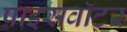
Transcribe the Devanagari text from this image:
प्राइसवॉटर